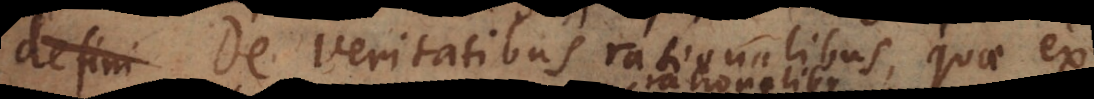
primae. De Veritatibus rationalibus, quae ex